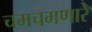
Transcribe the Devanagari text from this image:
चमचमणारे